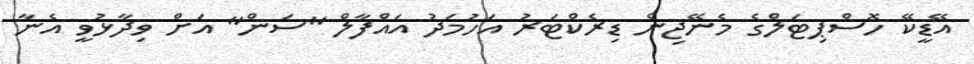
އޭޑީކޭ ހޮސްޕިޓަލްގެ މެނޭޖިން ޑިރެކްޓަރު އަހުމަދު އައްފާލް "ސަން" އަށް ވިދާޅުވީ އެނާ